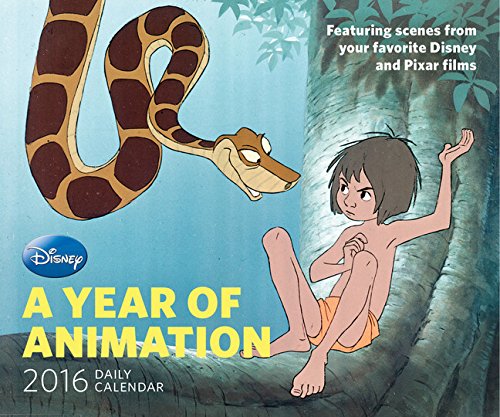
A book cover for Disney 2016 Daily Calendar: A Year of Animation; Disney; Calendars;